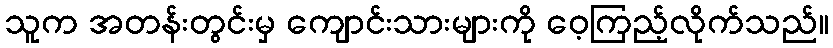
သူက အတန်းတွင်းမှ ကျောင်းသားများကို ဝေ့ကြည့်လိုက်သည်။